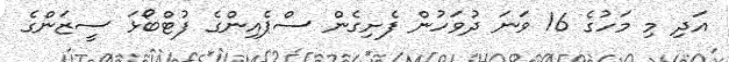
އަދި މި މަހުގެ 16 ވަނަ ދުވަހުން ފެށިގެން ސްޕެއިންގެ ފުޓްބޯޅަ ސީޒަންގެ